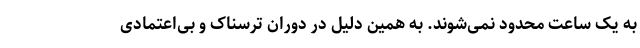
به یک ساعت محدود نمی‌شوند. به همین دلیل در دوران ترسناک و بی‌اعتمادی